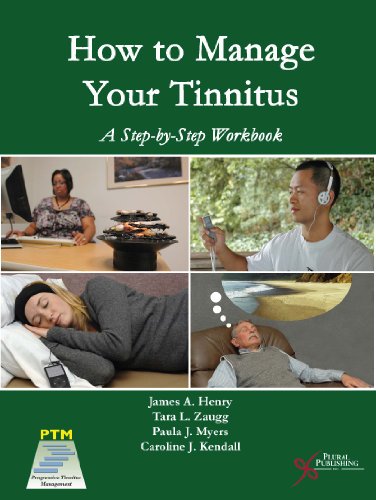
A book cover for How to Manage Your Tinnitus: A Step-by-Step Workbook; PhD James Henry; Health, Fitness & Dieting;